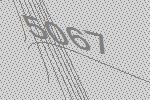
5067